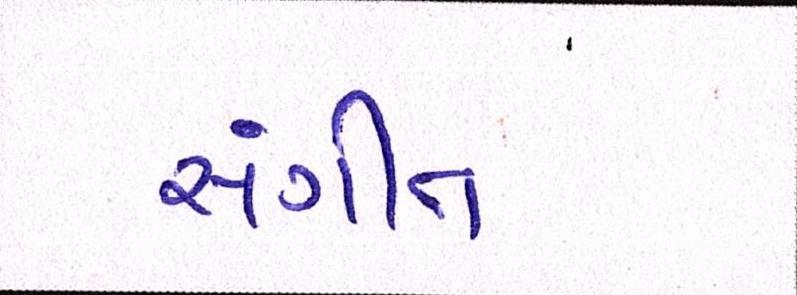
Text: સંગીત